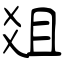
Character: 爼